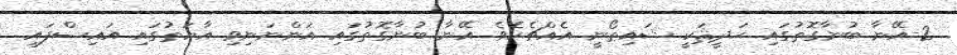
2-އޭނާ ބުނާގޮތުގައި ޙަދީޘަކީ ޝައިޠޯނީ އެއްޗެކެވެ. އޭނާ ބުނާގޮތުގައި އަންނަނިވި އާޔަތުގައި އައިސްފައި